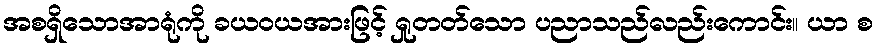
အစရှိသောအာရုံကို ခယဝယအားဖြင့် ရှုတတ်သော ပညာသည်လည်းကောင်း။ ယာ စ